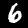
Digit: 6